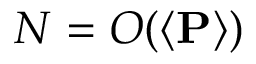
N = O ( \left< \mathbf { P } \right> )